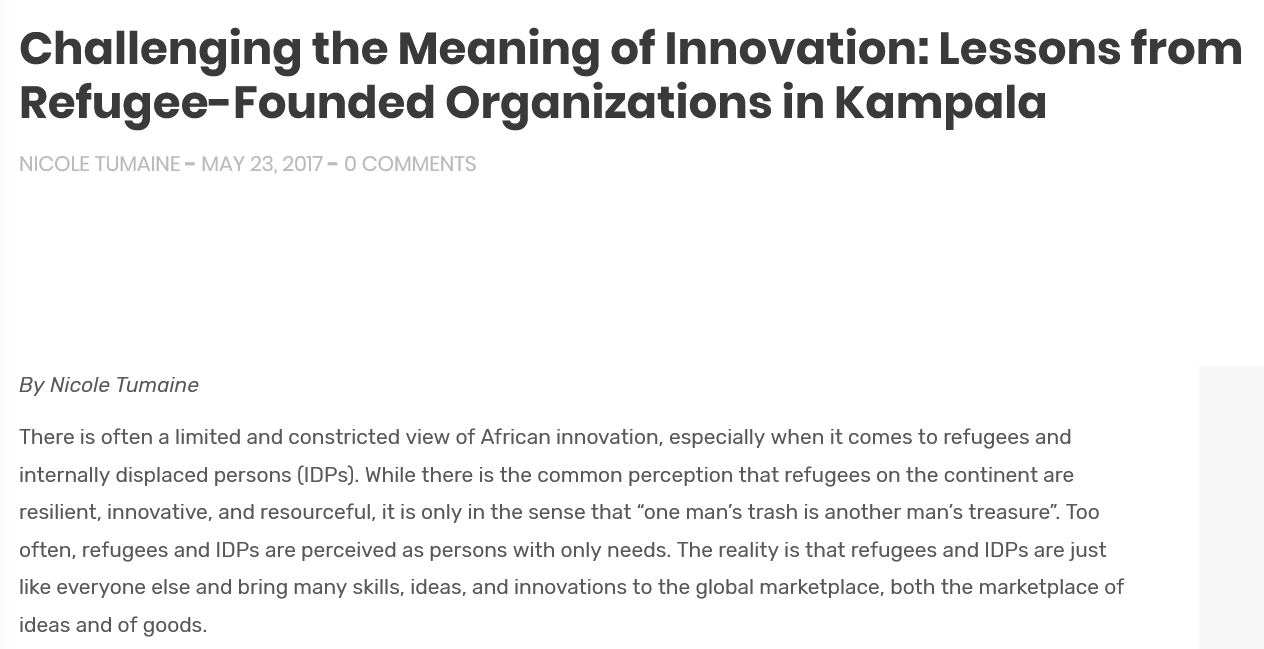
By Nicole Tumaine
  There is often a limited and constricted view of African innovation, especially when it comes to refugees and
  internally displaced persons (IDPs). While there is the common perception that refugees on the continent are
  resilient, innovative, and resourceful, it is only in the sense that “one man’s trash is another man’s treasure”. Too
  often, refugees and IDPs are perceived as persons with only needs. The reality is that refugees and IDPs are just
  like everyone else and bring many skills, ideas, and innovations to the global marketplace, both the marketplace of
  ideas and of goods.
  Challenging    the    Meaning    of    Innovation:    Lessons    from
   Refugee-Founded    Organizations    in   Kampala
  NICOLE TUMAINE = MAY 23, 2017 - 0 COMMENTS